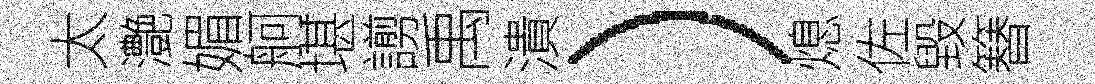
太灔媚舸堪謭禹潰）熄佐毀簮